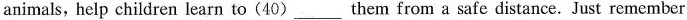
animals, help children learn to(40)___them from a safe distance. Just remember